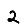
Digit: 2